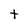
Character: t